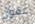
عقول